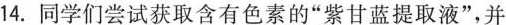
4.同学们尝试获取含有色素的“紫甘蓝提取液”，并